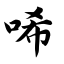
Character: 唏